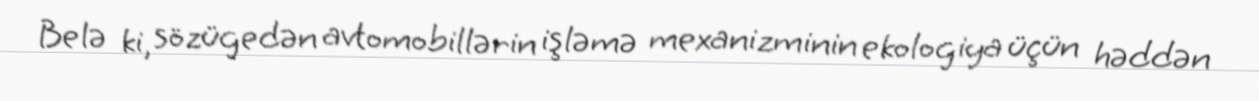
Belə ki, sözügedən avtomobillərin işləmə mexanizminin ekologiya üçün həddən